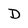
Character: D